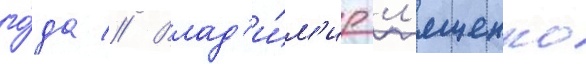
го́да // Влад'и́м'ир л'ященко